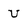
Character: U